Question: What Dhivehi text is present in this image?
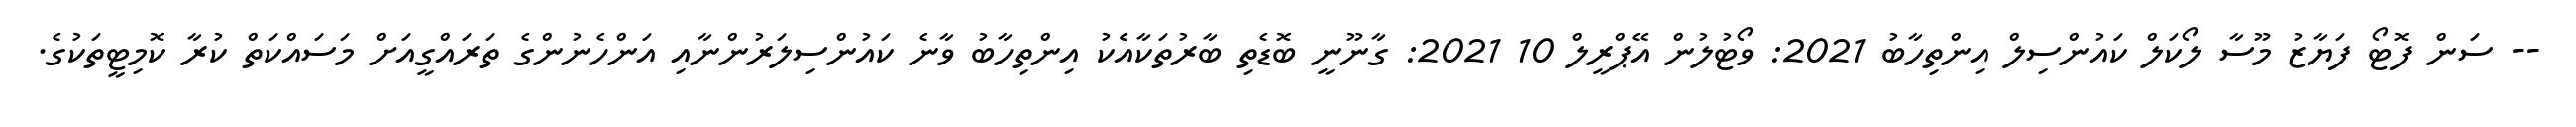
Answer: -- ސަން ފޮޓޯ ފަޔާޒު މޫސާ ލޯކަލް ކައުންސިލް އިންތިހާބު 2021: ވޯޓުލުން އޭޕްރީލް 10 2021: ގާނޫނީ ބޮޑެތި ބާރުތަކާއެެކު އިންތިހާބު ވާނެ ކައުންސިލަރުންނާއި އަންހެނުންގެ ތަރައްގީއަށް މަސައްކަތް ކުރާ ކޮމިޓީތަކުގެ.